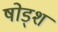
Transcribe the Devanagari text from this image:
षोड्श